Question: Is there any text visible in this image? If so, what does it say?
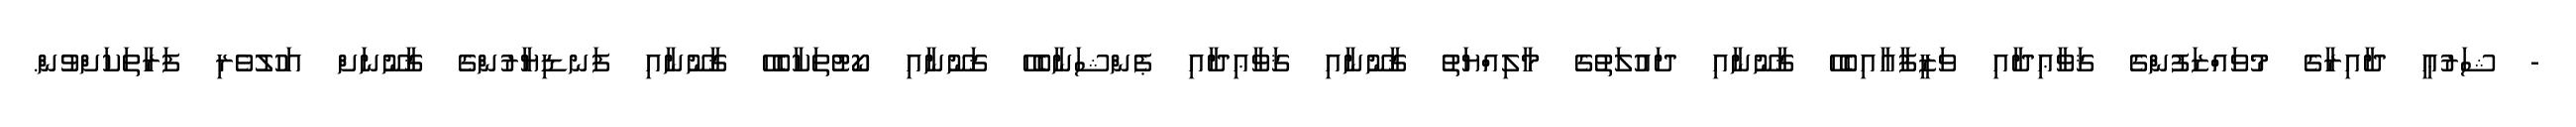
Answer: - ޝަރުޢީ ދާއިރާގެ މުވައްޒަފުންގެ ޤަވާޢިދާއި ވަޒީފާއާއިބެހޭ ޤާނޫނާއި ދައުލަތުގެ މާލިއްޔަތު ޤާނޫނާއި ޤަވާޢިދާއި ޕެންޝަނާބެހޭ ޤަނޫނާއި ކޯޓުތަކާބެހޭ ޤާނޫނާއި ފަނޑިޔާރުންގެ ޤާނޫނަށް އަހުލުވެރި ފަރާތަކަށްވުން.